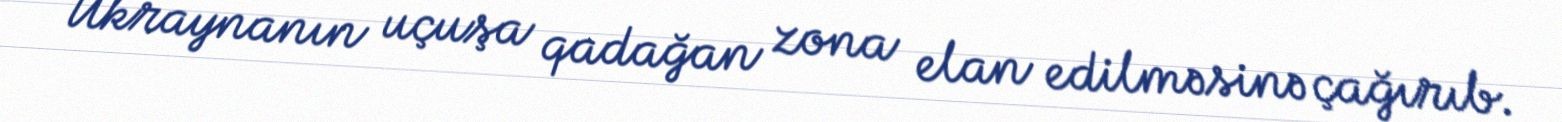
Ukraynanın uçuşa qadağan zona elan edilməsinə çağırıb.